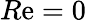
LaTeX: R\mathrm{e}=0